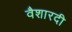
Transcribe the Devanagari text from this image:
वैशारदी